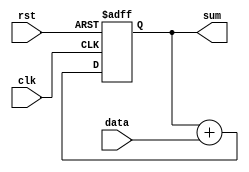
module accumulator (
    input wire clk,
    input wire rst,
    input wire data,
    output reg [31:0] sum
);

// Internal signal for storing the current accumulated sum
reg [31:0] current_sum;

// Always block for updating the accumulated sum based on input data
always @(posedge clk or posedge rst) begin
    if (rst) begin
        current_sum <= 0;
    end else begin
        current_sum <= current_sum + data;
    end
end

// Assign the output to the current accumulated sum
assign sum = current_sum;

endmodule